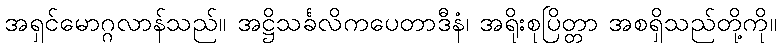
အရှင်မောဂ္ဂလာန်သည်။ အဋ္ဌိသင်္ခလိကပေတာဒီနံ၊ အရိုးစုပြိတ္တာ အစရှိသည်တို့ကို။